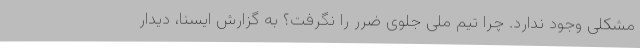
مشکلی وجود ندارد. چرا تیم ملی جلوی ضرر را نگرفت؟ به گزارش ایسنا، دیدار